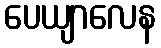
ပေယျာလေန